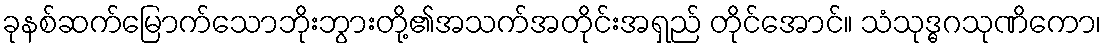
ခုနစ်ဆက်မြောက်သောဘိုးဘွားတို့၏အသက်အတိုင်းအရှည် တိုင်အောင်။ သံသုဒ္ဓဂသုဏိကော၊